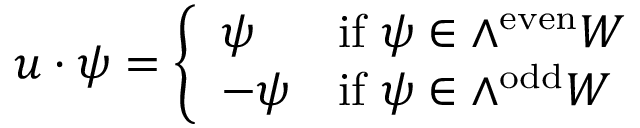
u \cdot \psi = \left\{ { \begin{array} { l l } { \psi } & { { \mathrm { i f ~ } } \psi \in \wedge ^ { \mathrm { e v e n } } W } \\ { - \psi } & { { \mathrm { i f ~ } } \psi \in \wedge ^ { \mathrm { o d d } } W } \end{array} } \right.